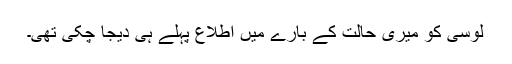
لوسی کو میری حالت کے بارے میں اطلاع پہلے ہی دیجا چکی تھی۔